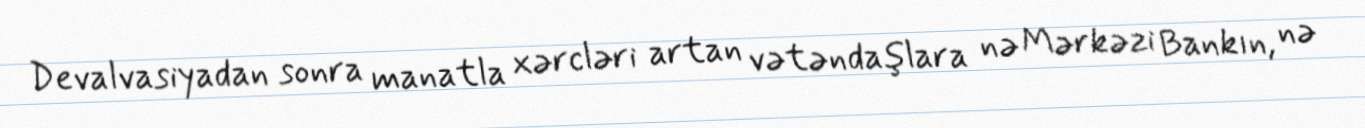
Devalvasiyadan sonra manatla xərcləri artan vətəndaşlara nə Mərkəzi Bankın, nə